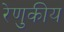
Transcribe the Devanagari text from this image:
रेणुकीय